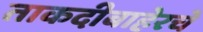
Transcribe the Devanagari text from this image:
ताकदीबाहेरचे